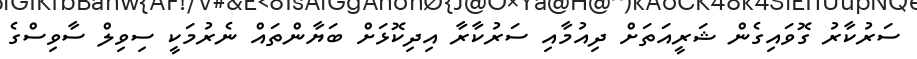
ސަރުކާރު ގޮވައިގެން ޝަރީއަތަށް ދިއުމާއި ސަރުކާރާ އިދިކޮޅަށް ބަޔާންތައް ނެރުމަކީ ސިވިލް ސާވިސްގެ